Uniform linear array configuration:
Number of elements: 12
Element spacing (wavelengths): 0.5
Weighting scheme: exponential
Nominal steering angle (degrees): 15
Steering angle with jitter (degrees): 14.815
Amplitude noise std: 0.05
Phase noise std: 0.05

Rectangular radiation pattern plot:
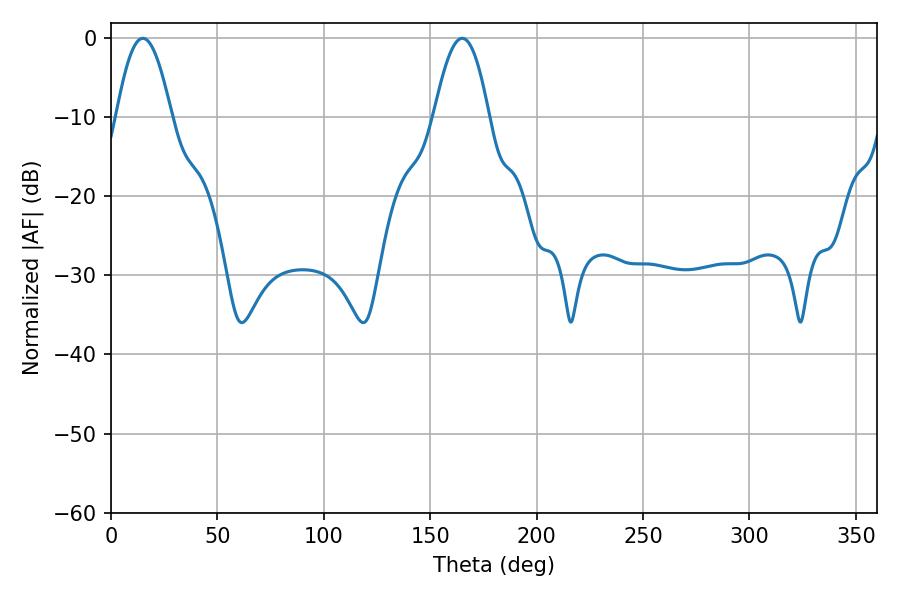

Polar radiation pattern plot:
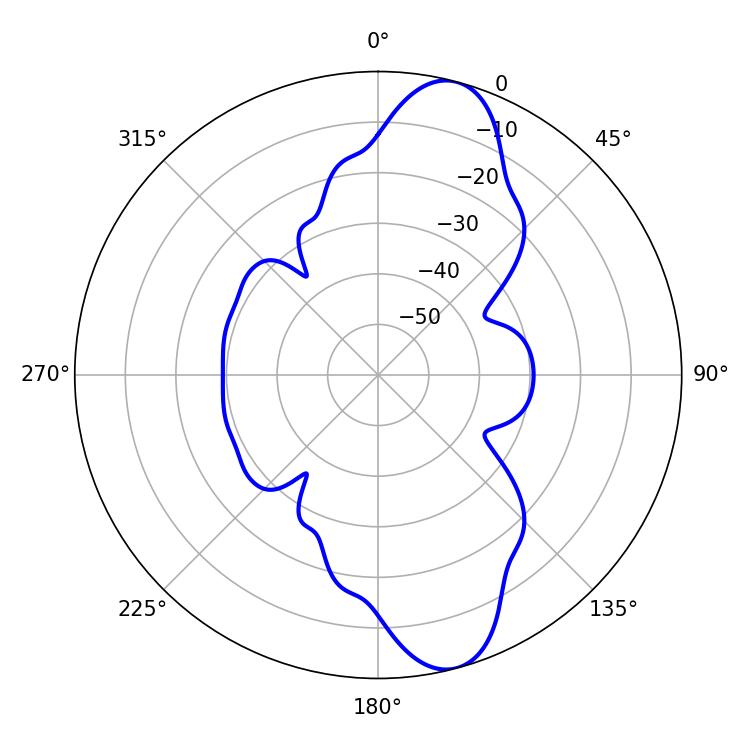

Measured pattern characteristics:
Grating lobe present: FALSE
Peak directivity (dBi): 11.389
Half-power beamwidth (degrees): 14.04
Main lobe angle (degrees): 14.94